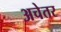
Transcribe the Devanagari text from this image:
अचेतर